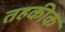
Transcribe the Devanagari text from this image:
तहकीक